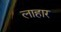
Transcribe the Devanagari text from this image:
लाहार